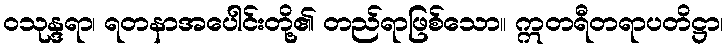
ဝသုန္ဒရာ၊ ရတနာအပေါင်းတို့၏ တည်ရာဖြစ်သော။ ဣတရီတရာပတိဋ္ဌာ၊